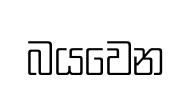
බයවෙන